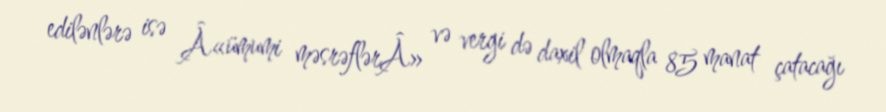
edilənlərə isə Â«ümumi məsrəflərÂ» və vergi də daxil olmaqla 85 manat çatacağı